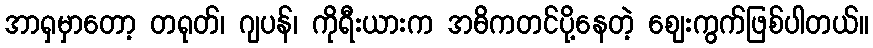
အာရှမှာတော့ တရုတ်၊ ဂျပန်၊ ကိုရီးယားက အဓိကတင်ပို့နေတဲ့ ဈေးကွက်ဖြစ်ပါတယ်။